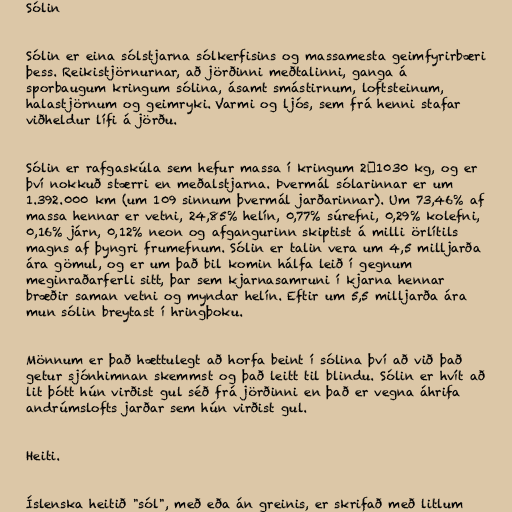
Sólin

Sólin er eina sólstjarna sólkerfisins og massamesta geimfyrirbæri
þess. Reikistjörnurnar, að jörðinni meðtalinni, ganga á
sporbaugum kringum sólina, ásamt smástirnum, loftsteinum,
halastjörnum og geimryki. Varmi og ljós, sem frá henni stafar
viðheldur lífi á jörðu.

Sólin er rafgaskúla sem hefur massa í kringum 2×1030 kg, og er
því nokkuð stærri en meðalstjarna. Þvermál sólarinnar er um
1.392.000 km (um 109 sinnum þvermál jarðarinnar). Um 73,46% af
massa hennar er vetni, 24,85% helín, 0,77% súrefni, 0,29% kolefni,
0,16% járn, 0,12% neon og afgangurinn skiptist á milli örlítils
magns af þyngri frumefnum. Sólin er talin vera um 4,5 milljarða
ára gömul, og er um það bil komin hálfa leið í gegnum
meginraðarferli sitt, þar sem kjarnasamruni í kjarna hennar
bræðir saman vetni og myndar helín. Eftir um 5,5 milljarða ára
mun sólin breytast í hringþoku.

Mönnum er það hættulegt að horfa beint í sólina því að við það
getur sjónhimnan skemmst og það leitt til blindu. Sólin er hvít að
lit þótt hún virðist gul séð frá jörðinni en það er vegna áhrifa
andrúmslofts jarðar sem hún virðist gul.

Heiti.

Íslenska heitið "sól", með eða án greinis, er skrifað með litlum